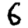
Digit: 6